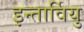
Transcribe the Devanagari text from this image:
इन्तार्वियु